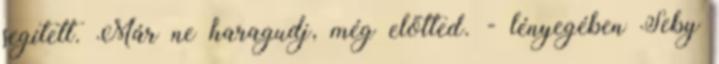
segített. Már ne haragudj, még előtted. - lényegében Seby